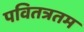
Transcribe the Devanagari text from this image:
पवितत्रतम